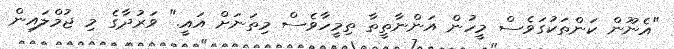
"އެނޫން ކަންތަކުގަވެސް މީހުން އަންނާތީތާ ތިމީހާވެސް މިތަނަށް އައީ." ވަރުދާގެ މި ޖުމްލައިން